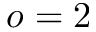
o = 2